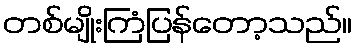
တစ်မျိုးကြံပြန်တော့သည်။